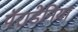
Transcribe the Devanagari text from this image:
पॅराडेनिया